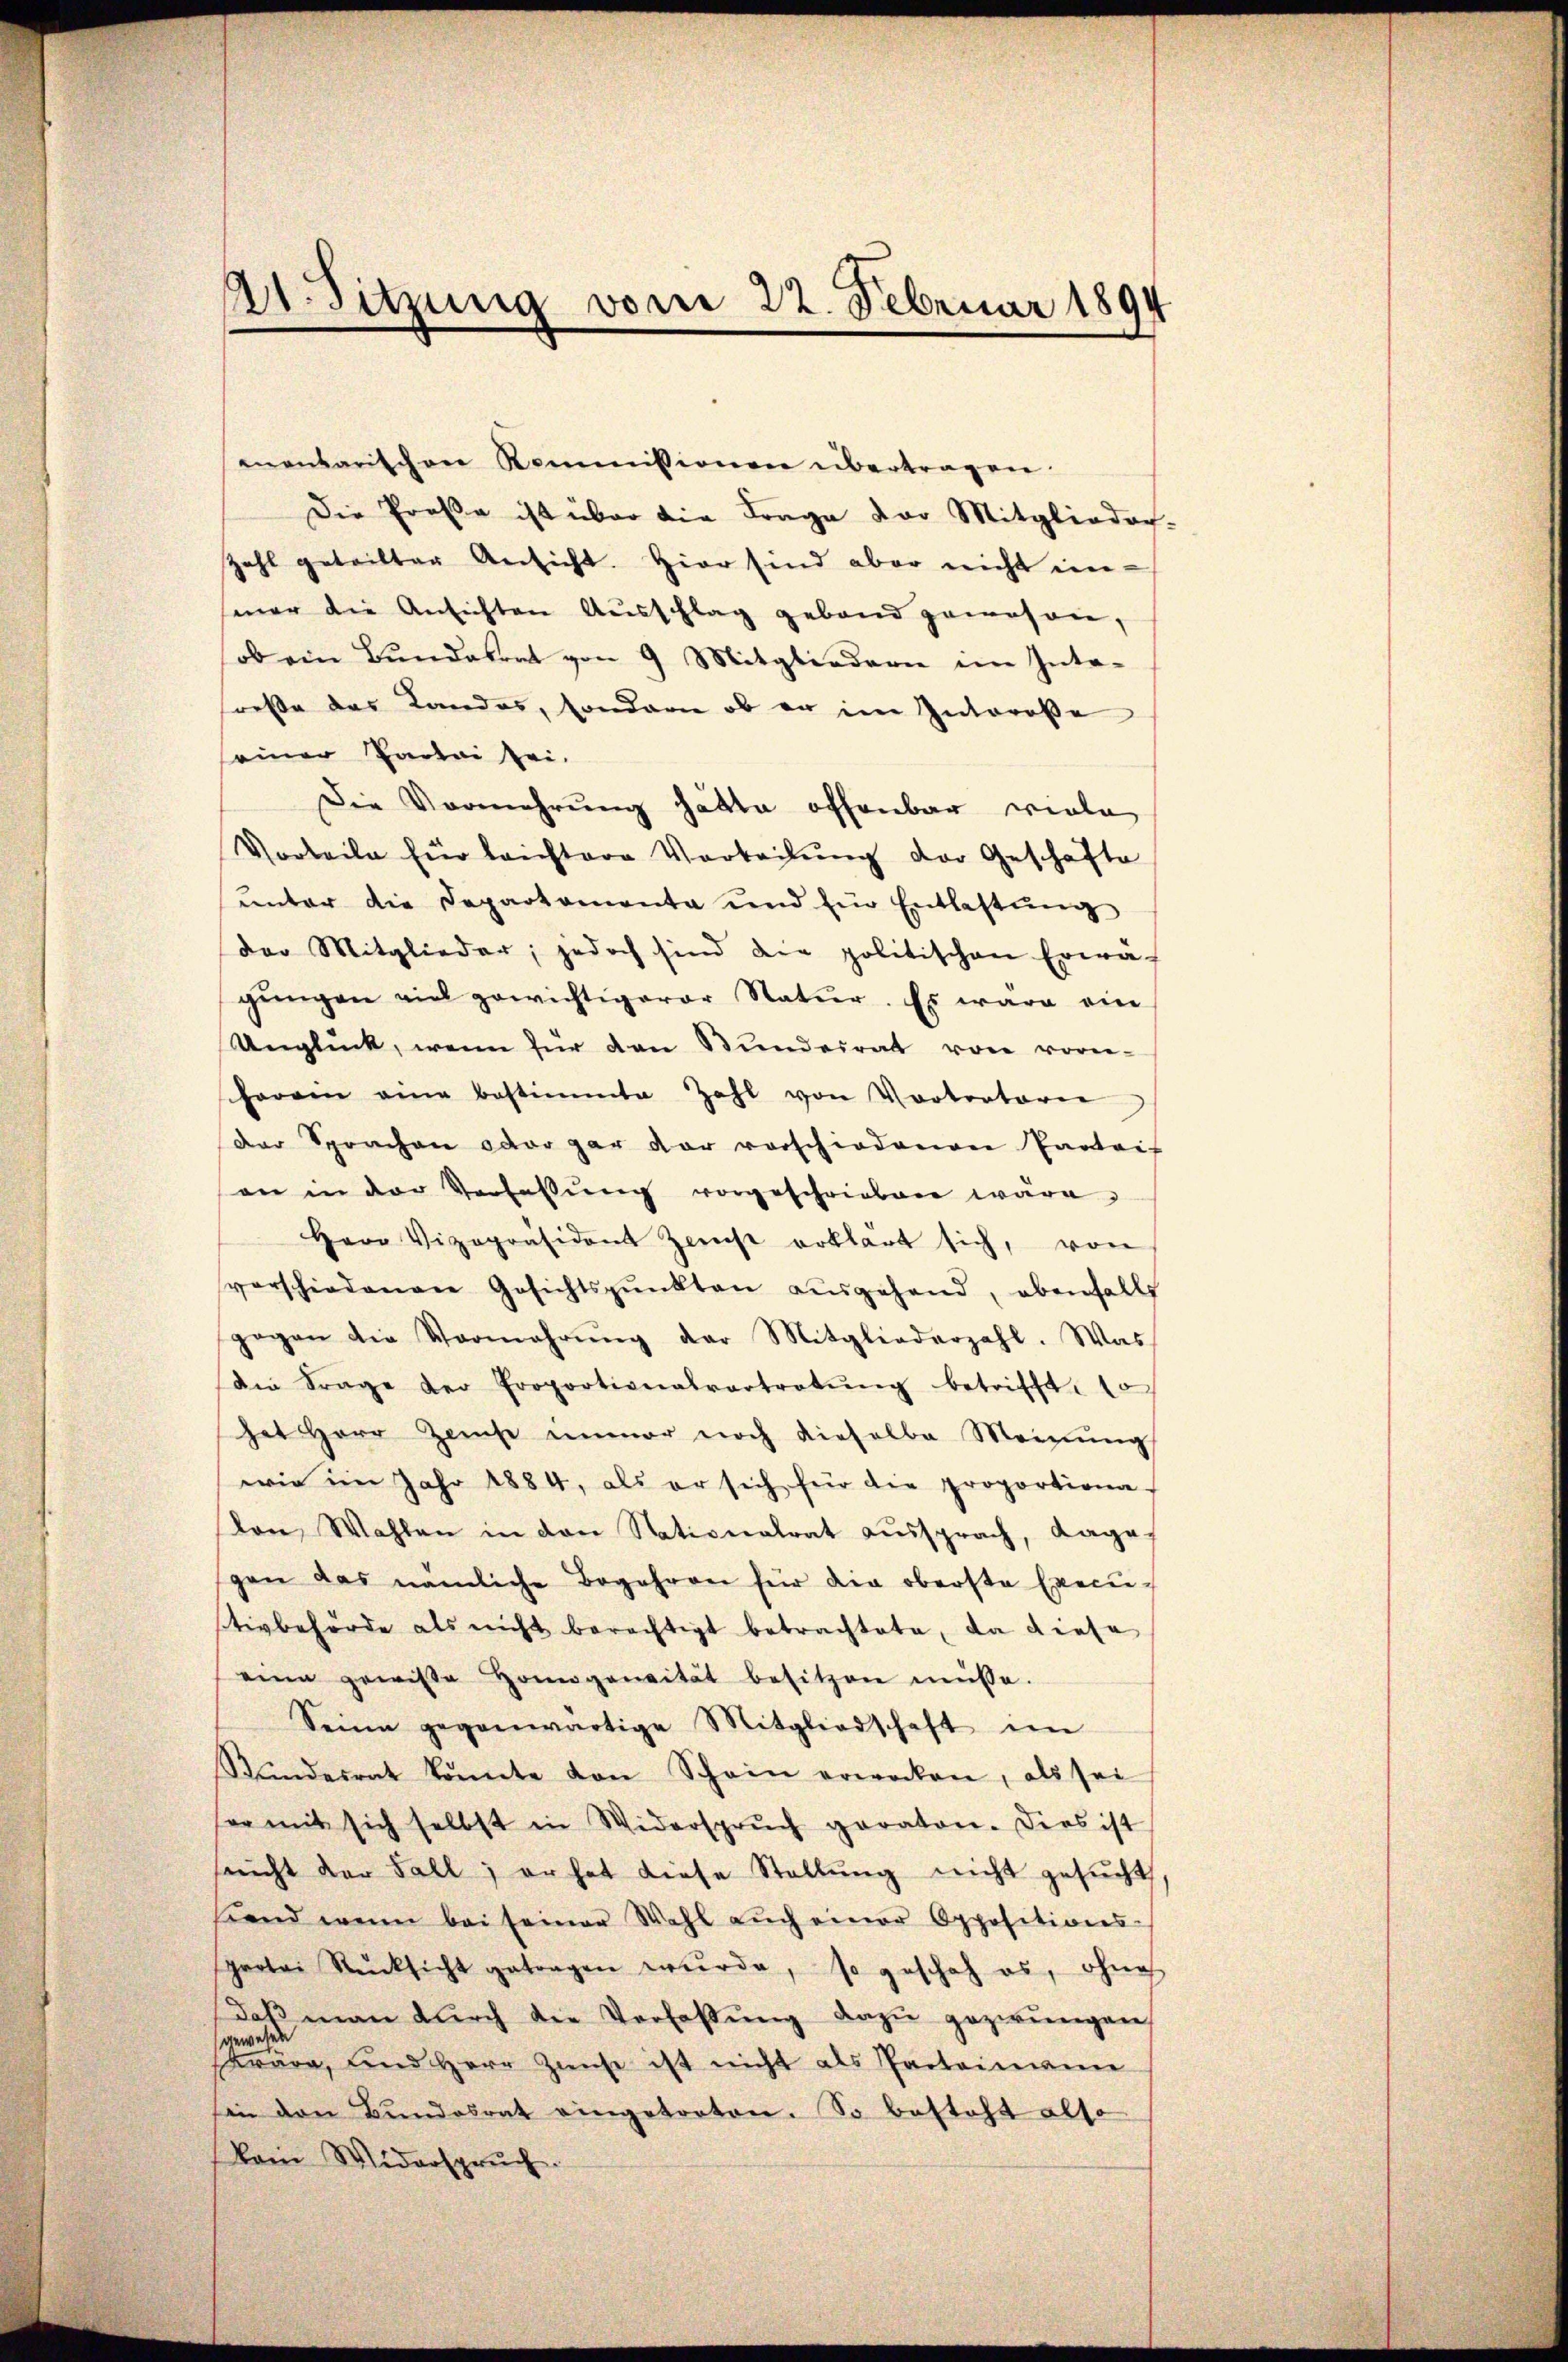
mentarischen Kommissionen übertragen.
Die Prose ist über die Frage vor Mitglieder-
zahl geteilter Ansicht. Hier sind aber nicht ein-
mer die Ansichten Ausschlag geband gewesen,
ob ein Bundesrat von 9 Mitgliedern im Inte-
reße das Landes, sondere ob er im Interose
einer Partei sei.
Die Vermehrung hätte offenbar viele
Vorteile für leichtere Vorteilŭng der Geschäfte
ŭnter die Departamente und Ein Entlastŭng
der Mitglieder, jedoch sind die politischen Erwägŭngen viel gewichtigerer Natur. Es wäre ein
Unglück, wenn für den Stŭndeirat von vorne-
herein eine bestimmte Zahl von Vortratori
Der Sprachen oder gar dar vorschiedenen Parteil
an in der Verfassŭng vorgeschrieben wäre.
Herr Vizepräsident Zeicht erklärt sich, von
verschiedenen Gesichtspunkten aŭsgehend, ebenfalls
gegen die Vermehrŭng der Mitgliederzahl. Was
Die Frage der Proportionalvertretŭng betrifft. 10
hat Herr Zinse immer noch dieselbe Meinŭng
wie im Jahr 1884, als er sich für die proportiona-
Von Wahlen in den Nationalrat aussprach, dage
gen das nämliche Begehren für die oberste Executivbehörde als nicht berechtigt betrachtete, da diese
eine gewisse Homogensität besitzen müsse.
Seine gegenwärtige Mitgliedschaft im
Stŭndesrat könnte von Schein erwecken, als sei
or mit sich selbst in Widersprŭch geraten. Dies ist
nicht der Fall, er hat diese Stellŭng nicht gesucht
end wenn bei seiner Wahl aŭch einer Oppositions-
sprotoi Rücksicht getragen wŭrde, so geschah es, ohne
daß man dŭrch die Verfassŭng dazu gezwungen,
gewesen
wäre, und Herr Zinse ist nicht als Parteimann
sin den Bŭndesrat eingetreten. So besteht also
kain Widerspruch.

21. Sitzung vom 22. Februar 1894